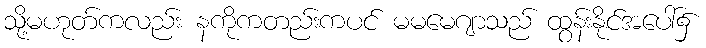
သို့မဟုတ်ကလည်း နကိုကတည်းကပင် မမမေဂျာသည် ထွန်းနိုင်အပေါ်၌